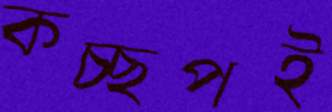
কচ্ছপই